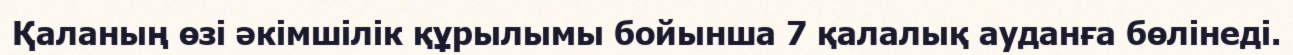
Қаланың өзі әкімшілік құрылымы бойынша 7 қалалық ауданға бөлінеді.